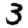
Digit: 3